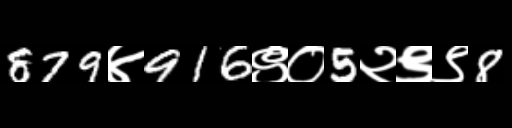
Text: 879४916९०5२९९8